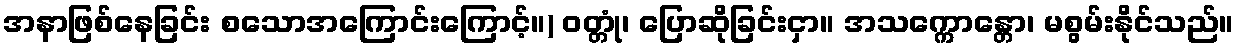
အနာဖြစ်နေခြင်း စသောအကြောင်းကြောင့်။) ဝတ္တုံ၊ ပြောဆိုခြင်းငှာ။ အသက္ကောန္တော၊ မစွမ်းနိုင်သည်။